Civil Veterinary Department Bihar reports 1940-50 - 1940-1950
Year: 1940
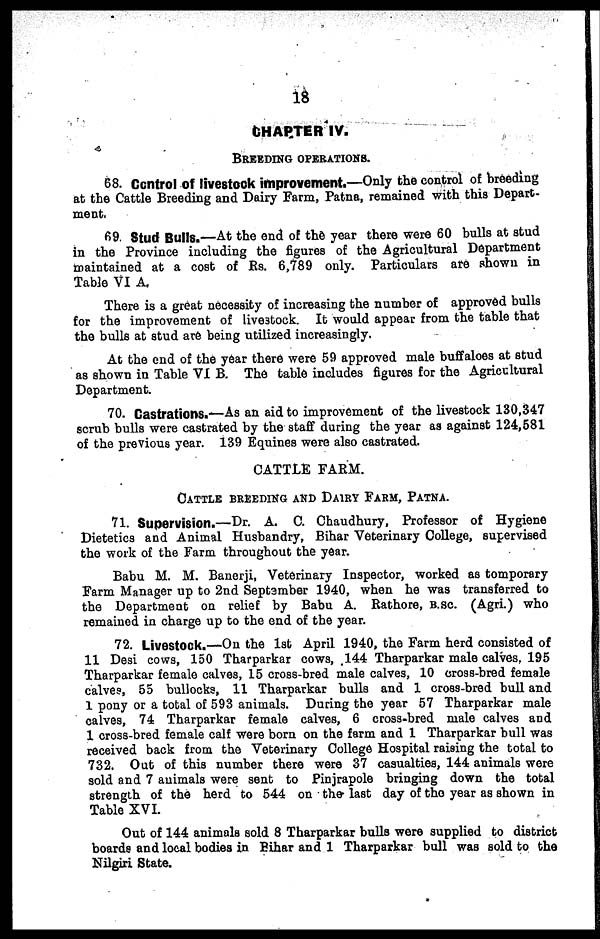
18
CHAPTER IV.
BREEDING OPERATIONS.
68. Control of livestock improvement.—Only the control of breeding
at the Cattle Breeding and Dairy Farm, Patna, remained with this Depart-
ment,
69. Stud Bulls.—At the end of the year there were 60 bulls at stud
in the Province including the figures of the Agricultural Department
maintained at a cost of Rs. 6,789 only. Particulars are shown in
Table VI A.
There is a great necessity of increasing the number of approved bulls
for the improvement of livestock. It would appear from the table that
the bulls at stud are being utilized increasingly.
At the end of the year there were 59 approved male buffaloes at stud
as shown in Table VI B. The table includes figures for the Agricultural
Department.
70. Castrations.—As an aid to improvement of the livestock 130,347
scrub bulls were castrated by the staff during the year as against 124,581
of the previous year. 139 Equines were also castrated.
CATTLE FARM.
CATTLE BREEDING AND DAIRY FARM, PATNA.
71. Supervision.—Dr. A. C. Chaudhury, Professor of Hygiene
Dietetics and Animal Husbandry, Bihar Veterinary College, supervised
the work of the Farm throughout the year.
Babu M. M. Banerji, Veterinary Inspector, worked as tomporary
Farm Manager up to 2nd Septamber 1940, when he was transferred to
the Department on relief by Babu A. Rathore, B.SC. (Agri.) who
remained in charge up to the end of the year.
72. Livestock.—On the 1st April 1940, the Farm herd consisted of
11 Desi cows, 150 Tharparkar cows, 144 Tharparkar male calves. 195
Tharparkar female calves, 15 cross-bred male calves, 10 cross-bred female
calves, 55 bullocks, 11 Tharparkar bulls and 1 cross-bred bull and
1 pony or a total of 593 animals. During the year 57 Tharparkar male
calves, 74 Tharparkar female calves, 6 cross-bred male calves and
1 cross-bred female calf were born on the farm and 1 Tharparkar bull was
received back from the Veterinary College Hospital raising the total to
732. Out of this number there were 37 casualties, 144 animals were
sold and 7 animals were sent to Pinjrapole bringing down the total
strength of the herd to 544 on the last day of the year as shown in
Table XVI.
Out of 144 animals sold 8 Tharparkar bulls were supplied to district
boards and local bodies in Bihar and 1 Tharparkar bull was sold to the
Nilgiri State.